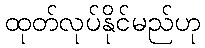
ထုတ်လုပ်နိုင်မည်ဟု